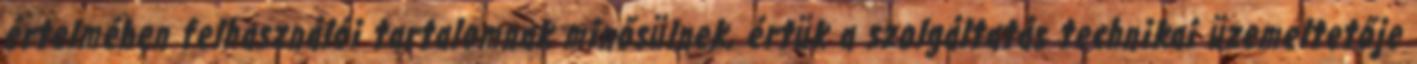
értelmében felhasználói tartalomnak minősülnek, értük a szolgáltatás technikai üzemeltetője